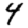
Digit: 4